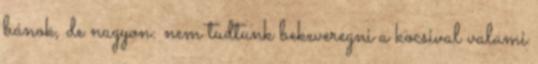
bánok, de nagyon: nem tudtunk bekeveregni a kocsival valami